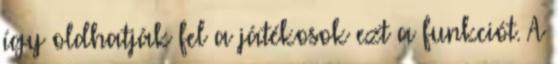
így oldhatják fel a játékosok ezt a funkciót. A